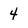
Character: 4